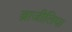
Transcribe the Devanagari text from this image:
ब्राजीलिया